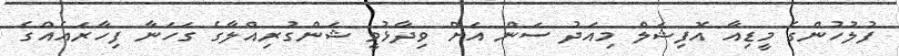
ފުލުހުންގެ މީޑިއާ އޮފިޝަލް މިއަދު ސަން އަށް ވިދާޅުވީ ޝަންގުރިއްލާގެ ގަހަނާ ފިހާރައެއްގެ